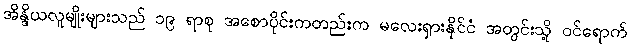
အိန္ဒိယလူမျိုးများသည် ၁၉ ရာစု အစောပိုင်းကတည်းက မလေးရှားနိုင်ငံ အတွင်းသို့ ဝင်ရောက်